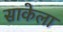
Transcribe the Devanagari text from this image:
साकेला